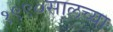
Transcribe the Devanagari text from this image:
१९९०सालच्या